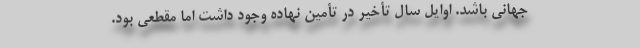
جهانی باشد. اوایل سال تأخیر در تأمین نهاده وجود داشت اما مقطعی بود.